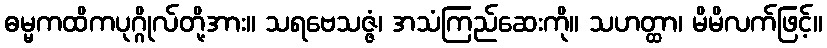
ဓမ္မကထိကပုဂ္ဂိုလ်တို့အား။ သရဗေသဇ္ဇံ၊ အသံကြည်ဆေးကို။ သဟတ္ထာ၊ မိမိလက်ဖြင့်။